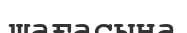
шағасына